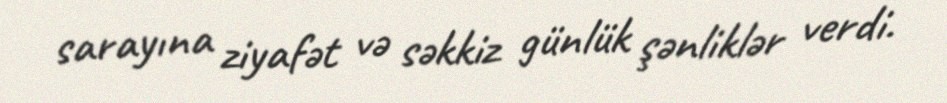
sarayına ziyafət və səkkiz günlük şənliklər verdi.